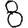
Digit: 8